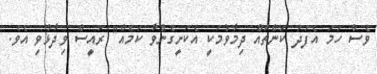
ވެސް ހަމަ އެފަދަ ކަންތައް ދިމާވުމަކީ އެކަށީގެންވާ ކަމެއް" ރައީސް ވިދާޅުވި އެވެ.